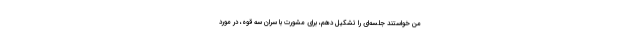
من خواستند جلسه‌ای را تشكیل دهم، براى مشورت با سران سه قوه، در مورد